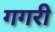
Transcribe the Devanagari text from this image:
गगरी